Indian journal of veterinary science and animal husbandry - Volume 8,
Year: 1938
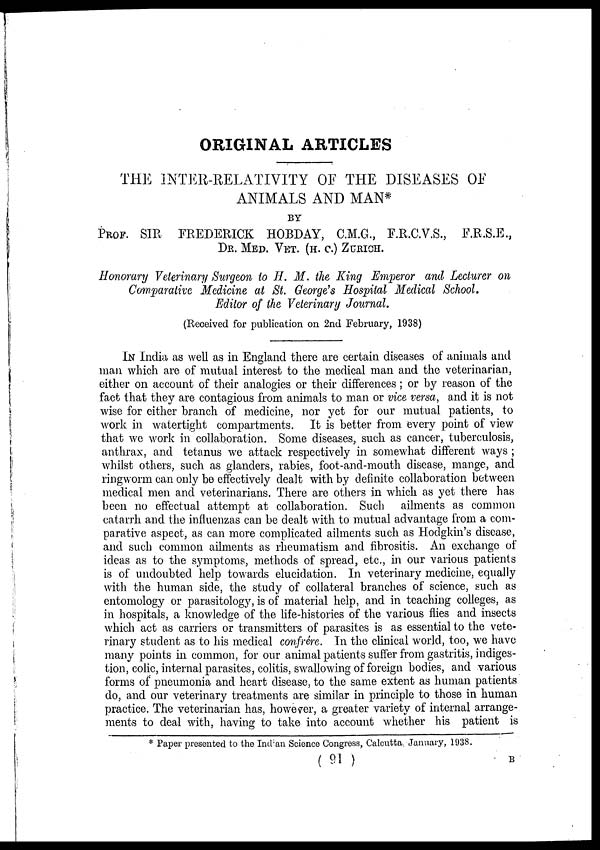
ORIGINAL ARTICLES
THE INTER-RELATIVITY OF THE DISEASES OF
ANIMALS AND MAN*
BY
PROF. SIR FREDERICK HOBDAY, C.M.G., F.R.C.V.S., F.R.S.E.,
DR. MED. VET. (H. C.) ZURICH.
Honorary Veterinary Surgeon to H. M. the King Emperor and Lecturer on
Comparative Medicine at St. George's Hospital Medical School.
Editor of the Veterinary Journal.
(Received for publication on 2nd February, 1938)
IN India as well as in England there are certain diseases of animals and
man which are of mutual interest to the medical man and the veterinarian,
either on account of their analogies or their differences; or by reason of the
fact that they are contagious from animals to man or vice versa, and it is not
wise for either branch of medicine, nor yet for our mutual patients, to
work in watertight compartments. It is better from every point of view
that we work in collaboration. Some diseases, such as cancer, tuberculosis,
anthrax, and tetanus we attack respectively in somewhat different ways ;
whilst others, such as glanders, rabies, foot-and-mouth disease, mange, and
ringworm can only be effectively dealt with by definite collaboration between
medical men and veterinarians. There are others in which as yet there has
been no effectual attempt at collaboration. Such ailments as common
catarrh and the influenzas can be dealt with to mutual advantage from a com-
parative aspect, as can more complicated ailments such as Hodgkin's disease,
and such common ailments as rheumatism and fibrositis. An exchange of
ideas as to the symptoms, methods of spread, etc., in our various patients
is of undoubted help towards elucidation. In veterinary medicine, equally
with the human side, the study of collateral branches of science, such as
entomology or parasitology, is of material help, and in teaching colleges, as
in hospitals, a knowledge of the life-histories of the various flies and insects
which act as carriers or transmitters of parasites is as essential to the vete-
rinary student as to his medical confrére. In the clinical world, too, we have
many points in common, for our animal patients suffer from gastritis, indiges-
tion, colic, internal parasites, colitis, swallowing of foreign bodies, and various
forms of pneumonia and heart disease, to the same extent as human patients
do, and our veterinary treatments are similar in principle to those in human
practice. The veterinarian has, however, a greater variety of internal arrange-
ments to deal with, having to take into account whether his patient is
* Paper presented to the Indian Science Congress, Calcutta, January, 1938.
( 91 )
B